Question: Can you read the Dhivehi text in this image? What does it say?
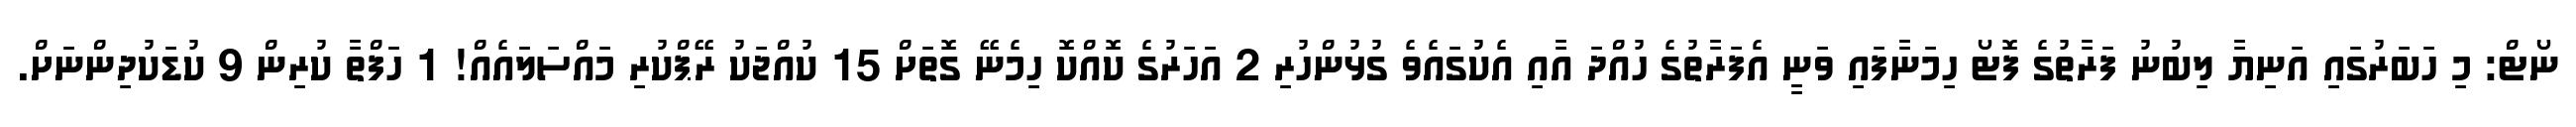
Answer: ނޯޓް: މި ހަބަރުގައި އަނިޔާ ލިބުނު ފަރާތުގެ ފޮޓޯ ހިމަނާފައި ވަނީ އެފަރާތުގެ ހުއްދަ އާއި އެކުގައެވެ ގުޅުންހުރި 2 އަހަރުގެ ކޮއްކޮ ހިމެނޭ ގޮތަށް 15 ކުއްޖަކު ރޭޕްކުރި މައްސަލައެއް! 1 ހަފްތާ ކުރިން 9 ކުޑަކުދިންނަށް.